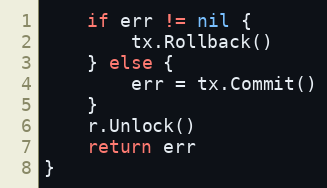
Language: Go
	if err != nil {
		tx.Rollback()
	} else {
		err = tx.Commit()
	}
	r.Unlock()
	return err
}